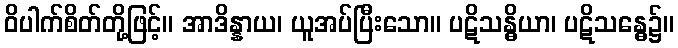
ဝိပါက်စိတ်တို့ဖြင့်။ အာဒိန္နာယ၊ ယူအပ်ပြီးသော။ ပဋိသန္ဓိယာ၊ ပဋိသန္ဓေ၌။